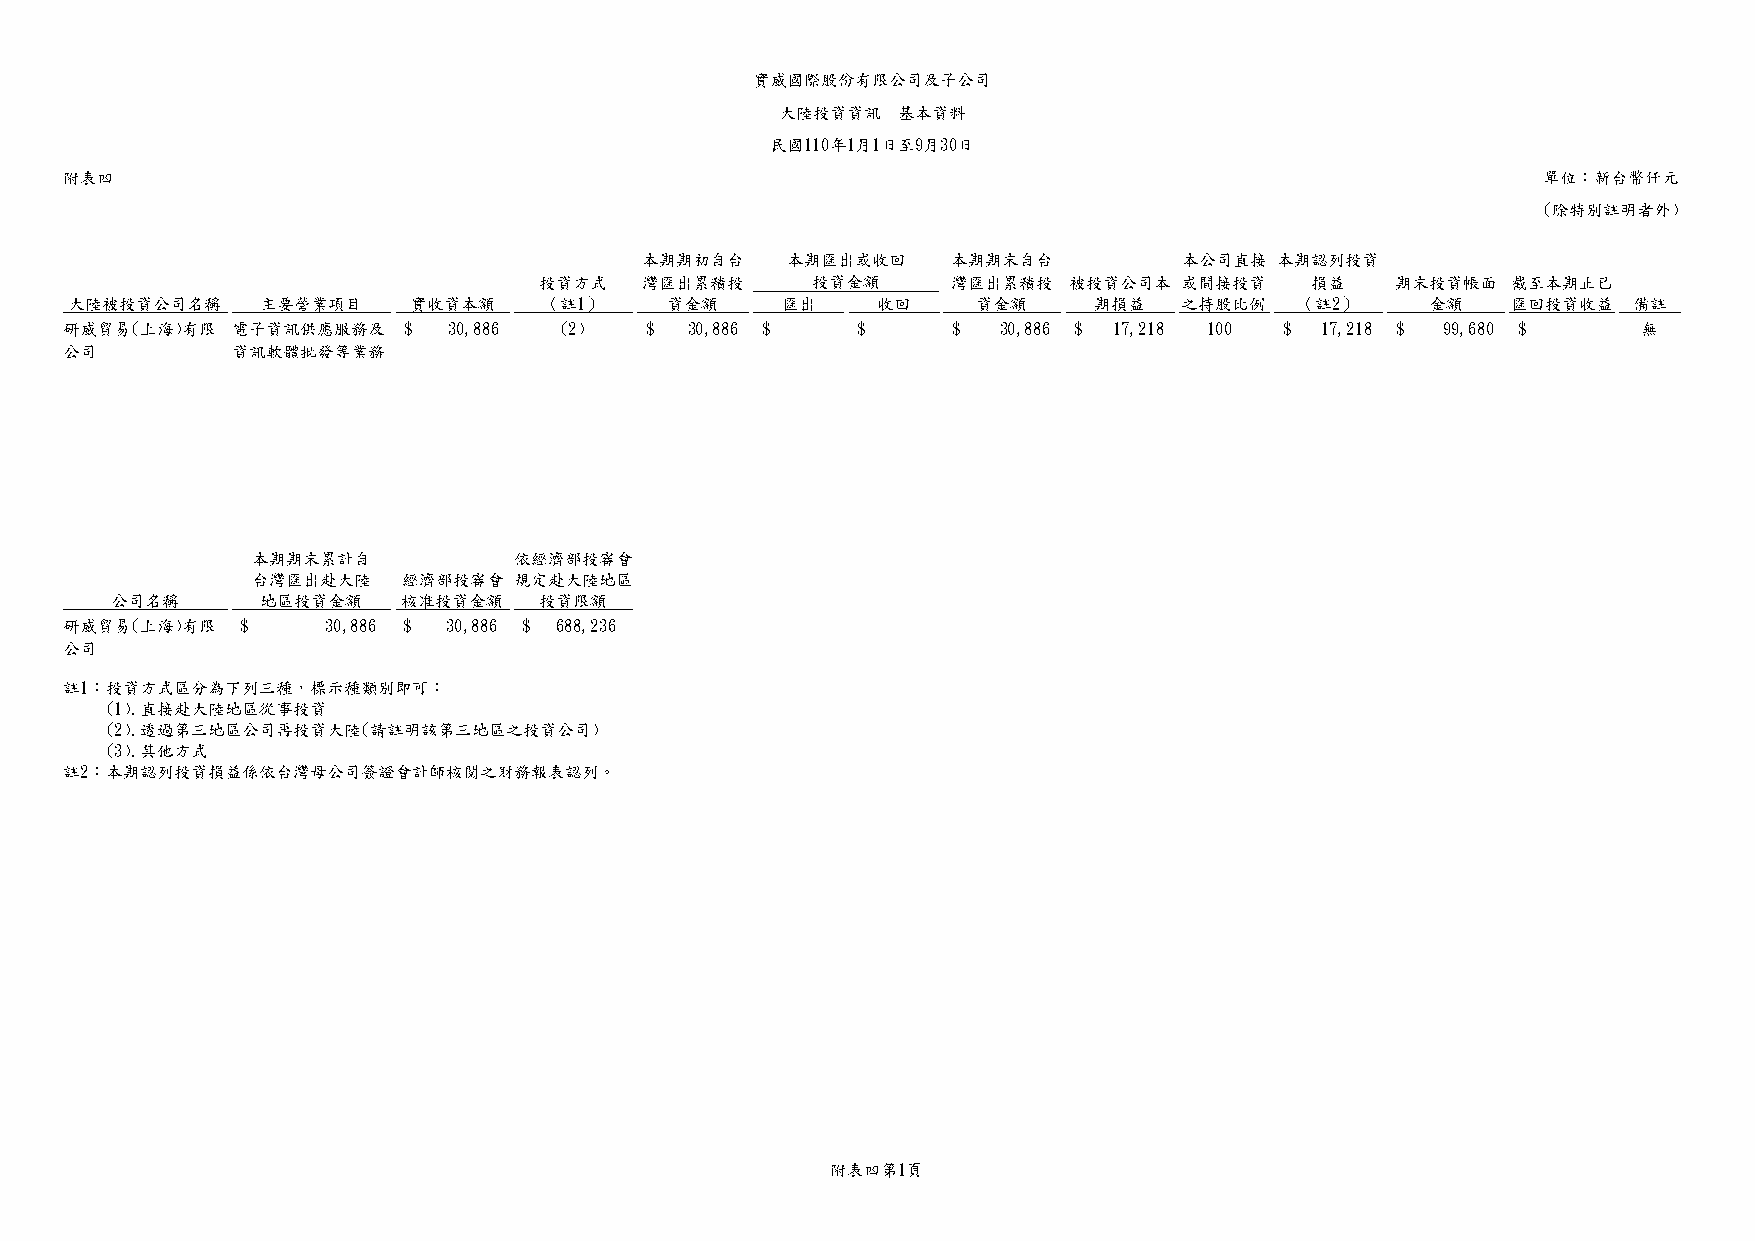
實威國際股份有限公司及子公司
 大陸投資資訊－基本資料
 民國110年1月1日至9月30日
 附表四                                                                                               單位：新台幣仟元
 (除特別註明者外)
 本期期初自台    本期匯出或收回    本期期末自台         本公司直接  本期認列投資
 投資方式  灣匯出累積投      投資金額     灣匯出累積投  被投資公司本 或間接投資    損益   期末投資帳面  截至本期止已
 大陸被投資公司名稱   主要營業項目    實收資本額    （註1）    資金額     匯出    收回     資金額    期損益   之持股比例   （註2）     金額   匯回投資收益  備註
 研威貿易(上海)有限 電子資訊供應服務及   $  30,886 (2)   $  3 0,886 $ - $  - $  30,886 $ 17,218 100 $ 17,218 $ 99,680 $ -  無
 公司         資訊軟體批發等業務
 本期期末累計自          依經濟部投審會
 台灣匯出赴大陸   經濟部投審會 規定赴大陸地區
 公司名稱      地區投資金額    核准投資金額   投資限額
 研威貿易(上海)有限  $     30,886 $ 30,886 $ 688,236
 公司
 註1：投資方式區分為下列三種，標示種類別即可：
 (1).直接赴大陸地區從事投資
 (2).透過第三地區公司再投資大陸(請註明該第三地區之投資公司)
 (3).其他方式
 註2：本期認列投資損益係依台灣母公司簽證會計師核閱之財務報表認列。
 附表四第1頁